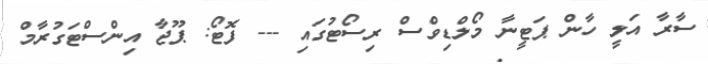
ސާރާ އަލީ ހާން ޕަޓީނާ މޯލްޑިވްސް ރިސޯޓުގައި --- ފޮޓޯ: ޕޫޖާ އިންސްޓަގުރާމް